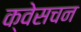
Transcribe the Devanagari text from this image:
क्वेसचन